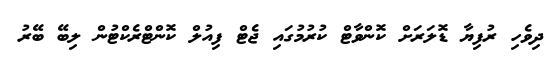
ދިވެހި ރުފިޔާ ޑޮލަރަށް ކޮންވާޓް ކުރުމުގައި ޖެޓް ފިއުލް ކޮންޓްރެކްޓުން ލިބޭ ބޭރު